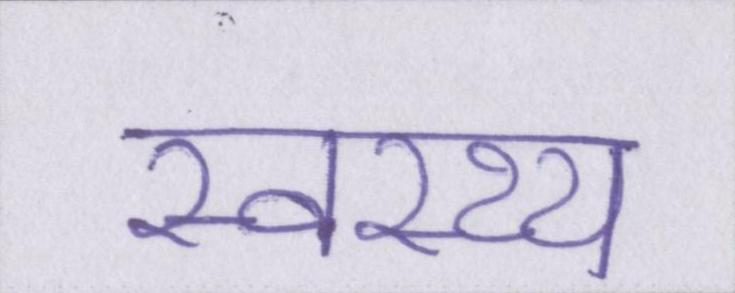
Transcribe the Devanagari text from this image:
स्वस्थ्य